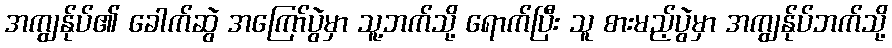
အကျွန်ုပ်၏ ခေါက်ဆွဲ အကြော်ပွဲမှာ သူ့ဘက်သို့ ရောက်ပြီး သူ စားမည့်ပွဲမှာ အကျွန်ုပ်ဘက်သို့